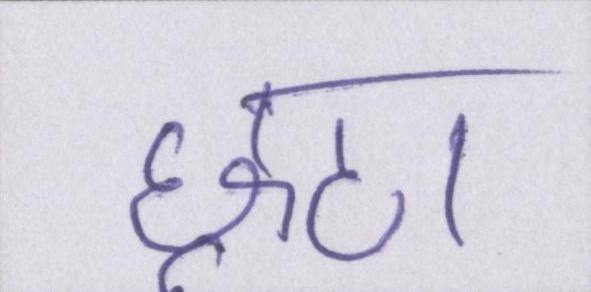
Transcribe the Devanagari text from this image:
छूट।